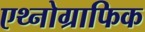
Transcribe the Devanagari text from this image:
एथ्नोग्राफिक